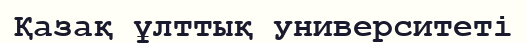
Қазақ ұлттық университеті